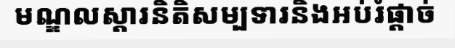
មណ្ឌលស្តារនិតិសម្បទារនិងអប់រំផ្តាច់